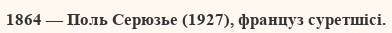
1864 — Поль Серюзье (1927), француз суретшісі.